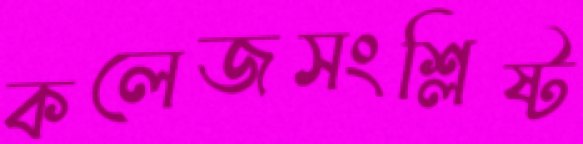
কলেজসংশ্লিষ্ট